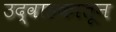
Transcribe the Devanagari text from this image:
उद्वाहकातून